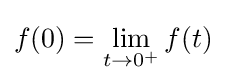
f(0)=\lim _{t\to 0^{+}}f(t)